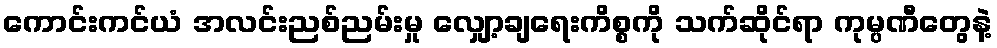
ကောင်းကင်ယံ အလင်းညစ်ညမ်းမှု လျှော့ချရေးကိစ္စကို သက်ဆိုင်ရာ ကုမ္ပဏီတွေနဲ့